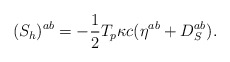
\begin{align*}({S}_h)^{ab}={-{1\over2}T_p\kappa c}(\eta^{ab}+D_S^{ab}).\end{align*}